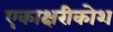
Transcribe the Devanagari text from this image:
एकाक्षरीकोश